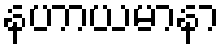
နဟာယမာနာ